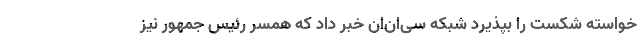
خواسته شکست را بپذیرد شبکه سی‌ان‌ان خبر داد که همسر رئیس جمهور نیز